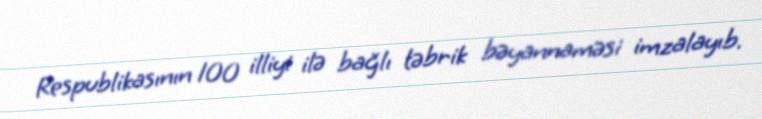
Respublikasının 100 illiyi ilə bağlı təbrik bəyannaməsi imzalayıb.